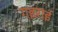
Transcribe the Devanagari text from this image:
गइराई